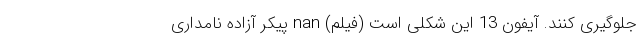
جلوگیری کنند. آیفون 13 این شکلی است (فیلم) nan پیکر آزاده نامداری